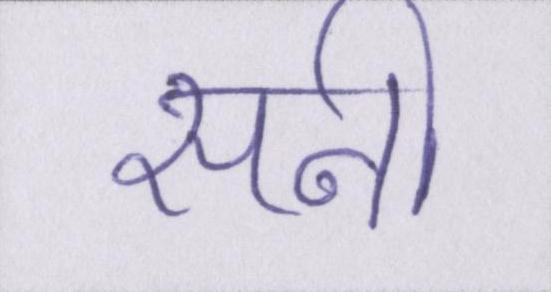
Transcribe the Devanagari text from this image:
सनी